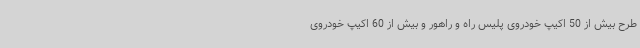
طرح بیش از 50 اکیپ خودروی پلیس راه و راهور و بیش از 60 اکیپ خودروی